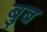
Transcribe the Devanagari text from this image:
बुब